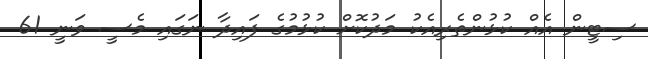
ސިޓީން އެއް ކުޅުންތެރިއެކު މަދުކޮށް ކުޅުމުގެ ފައިދާ ނަގައި މެސީ ވަނީ 61